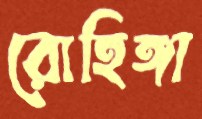
রোহিঙ্গা